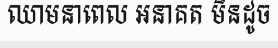
ឈាមនាពេល អនាគត មិនដូច